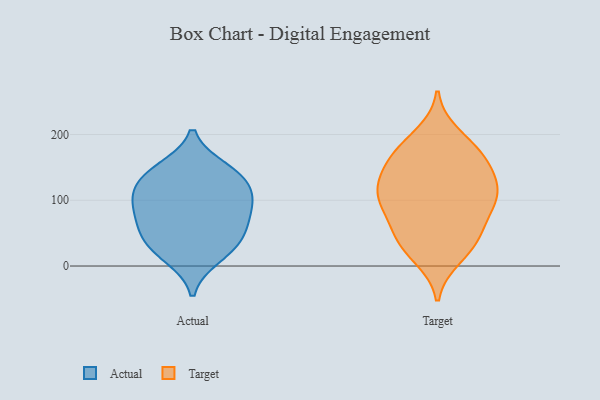
{"axis": {"x": "Population (Million)", "y": "Value"}, "legend": ["Actual", "Target"], "data": [{"x": "", "y": 106, "type": "Actual"}, {"x": "", "y": 30, "type": "Actual"}, {"x": "", "y": 82, "type": "Actual"}, {"x": "", "y": 104, "type": "Actual"}, {"x": "", "y": 45, "type": "Actual"}, {"x": "", "y": 83, "type": "Actual"}, {"x": "", "y": 52, "type": "Actual"}, {"x": "", "y": 134, "type": "Actual"}, {"x": "", "y": 137, "type": "Actual"}, {"x": "", "y": 147, "type": "Actual"}, {"x": "", "y": 14, "type": "Actual"}, {"x": "", "y": 88, "type": "Target"}, {"x": "", "y": 103, "type": "Target"}, {"x": "", "y": 115, "type": "Target"}, {"x": "", "y": 13, "type": "Target"}, {"x": "", "y": 173, "type": "Target"}, {"x": "", "y": 46, "type": "Target"}, {"x": "", "y": 133, "type": "Target"}, {"x": "", "y": 108, "type": "Target"}, {"x": "", "y": 40, "type": "Target"}, {"x": "", "y": 163, "type": "Target"}, {"x": "", "y": 155, "type": "Target"}, {"x": "", "y": 110, "type": "Target"}, {"x": "", "y": 72, "type": "Target"}, {"x": "", "y": 149, "type": "Target"}, {"x": "", "y": 182, "type": "Target"}, {"x": "", "y": 106, "type": "Target"}, {"x": "", "y": 23, "type": "Target"}, {"x": "", "y": 200, "type": "Target"}, {"x": "", "y": 50, "type": "Target"}]}